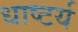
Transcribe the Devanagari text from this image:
धाष्टर्य